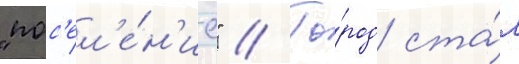
"пос'ел'е́н'ие" // Го́род ста́л